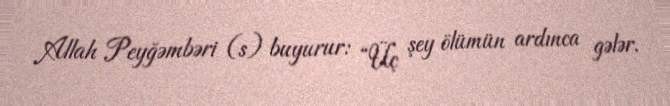
Allah Peyğəmbəri (s) buyurur: “Üç şey ölümün ardınca gələr.